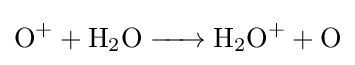
{\ce {O+ + H2O -> H2O+ + O}}